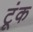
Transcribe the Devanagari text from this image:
टूंक